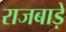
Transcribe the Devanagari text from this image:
राजबाड़े